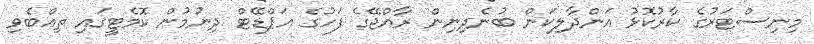
މިނިސްޓަރުގެ ކާރުކޮޅު އަންދާލިކަން ބުނެދިނިން ރާއްޖޭގެ ފަހުގެ އަޕްޑޭޓް ދިނުމުން ކޮމެޓީގައި ތިއްބެވި